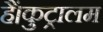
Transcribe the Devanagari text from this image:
हैं।कुट्रालम